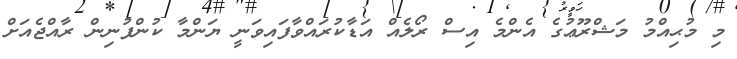
މި މުޙިއްމު މަޝްރޫޢުގެ އެންމެ އިސް ރޯލެއް އަޑާކުރައްވާފައިވަނީ ޔަންމާ ކުންފުނިން ރާއްޖެއަށް